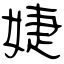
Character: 婕